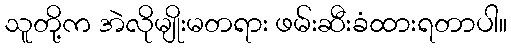
သူတို့က အဲလိုမျိုးမတရား ဖမ်းဆီးခံထားရတာပါ။